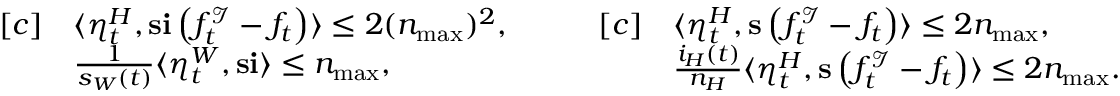
\begin{array} { r l } { [ c ] } & { \langle \eta _ { t } ^ { H } , \mathbf { s } \mathbf { i } \left( f _ { t } ^ { \mathcal { I } } - f _ { t } \right) \rangle \leq 2 ( n _ { \operatorname* { m a x } } ) ^ { 2 } , } \\ & { \frac { 1 } { s _ { W } ( t ) } \langle \eta _ { t } ^ { W } , \mathbf { s } \mathbf { i } \rangle \leq n _ { \operatorname* { m a x } } , } \end{array} \quad \quad \begin{array} { r l } { [ c ] } & { \langle \eta _ { t } ^ { H } , \mathbf { s } \left( f _ { t } ^ { \mathcal { I } } - f _ { t } \right) \rangle \leq 2 n _ { \operatorname* { m a x } } , } \\ & { \frac { i _ { H } ( t ) } { n _ { H } } \langle \eta _ { t } ^ { H } , \mathbf { s } \left( f _ { t } ^ { \mathcal { I } } - f _ { t } \right) \rangle \leq 2 n _ { \operatorname* { m a x } } . } \end{array}